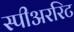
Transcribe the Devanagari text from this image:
स्पीअररिट